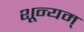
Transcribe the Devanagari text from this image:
शून्यम्